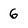
Character: 6